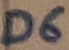
Text: D6